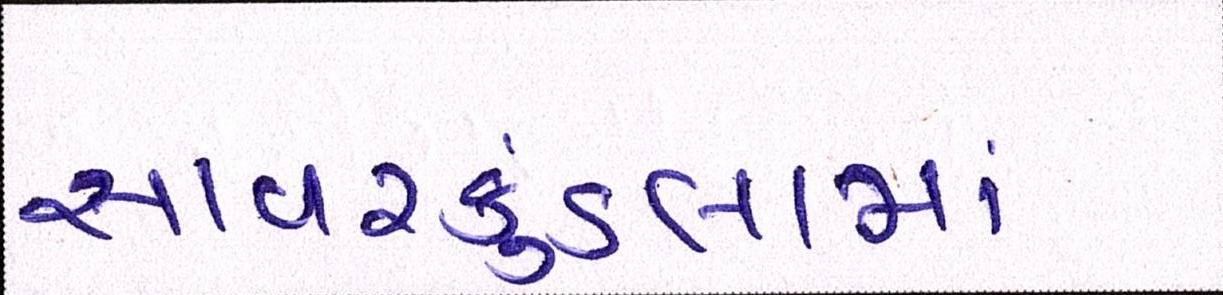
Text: સાવરકુંડલામાં